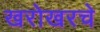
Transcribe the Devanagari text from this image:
खरोखरचे